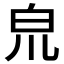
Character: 𤽇